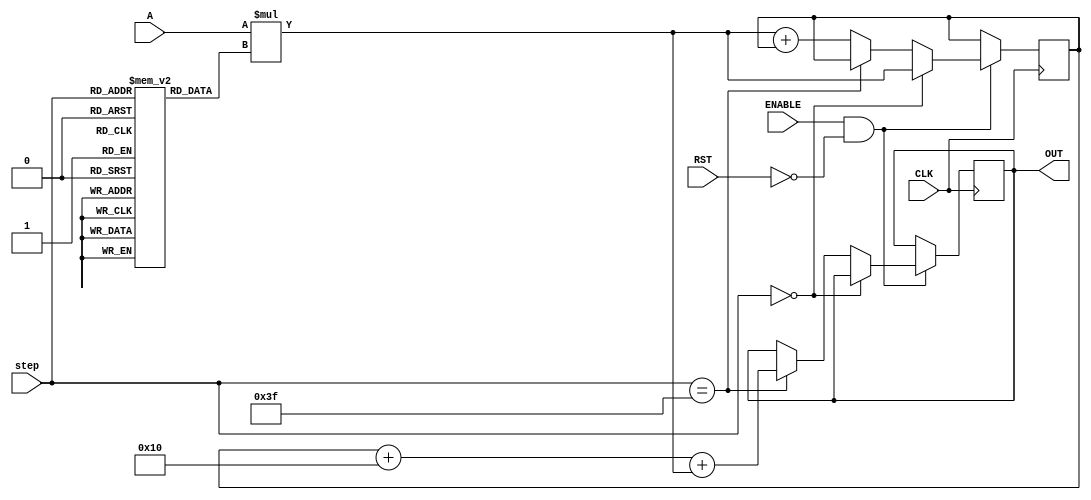
// This program was cloned from: https://github.com/ilaydayaman/CNN_for_SLR
// License: BSD 2-Clause "Simplified" License

`timescale 1ns / 1ps

module NODE_4(
input signed [35:0] A,
input [5:0] step,
input CLK,
input ENABLE,
input RST,
output reg signed [39:0] OUT //16-bit output
    );
    
reg signed [39:0] accumulator = 40'd0; //store the matrix mult here
reg signed [8:0] weights [63:0]; //store the weights here
reg signed [7:0] bias; //store node bias here

initial begin
   weights[0]<=9'b111110000;
   weights[1]<=9'b110101111;
   weights[2]<=9'b000001110;
   weights[3]<=9'b111001001;
   weights[4]<=9'b000001100;
   weights[5]<=9'b000011000;
   weights[6]<=9'b111111000;
   weights[7]<=9'b101100111;
   weights[8]<=9'b000100101;
   weights[9]<=9'b000100111;
   weights[10]<=9'b111111111;
   weights[11]<=9'b111001101;
   weights[12]<=9'b000000010;
   weights[13]<=9'b111010111;
   weights[14]<=9'b111100000;
   weights[15]<=9'b000010011;
   weights[16]<=9'b000011111;
   weights[17]<=9'b110111101;
   weights[18]<=9'b000100001;
   weights[19]<=9'b101101101;
   weights[20]<=9'b111011000;
   weights[21]<=9'b000100110;
   weights[22]<=9'b111101110;
   weights[23]<=9'b000001010;
   weights[24]<=9'b111101010;
   weights[25]<=9'b111101001;
   weights[26]<=9'b110011011;
   weights[27]<=9'b111101101;
   weights[28]<=9'b111100000;
   weights[29]<=9'b000011001;
   weights[30]<=9'b111111101;
   weights[31]<=9'b111111010;
   weights[32]<=9'b111110011;
   weights[33]<=9'b111111011;
   weights[34]<=9'b111101000;
   weights[35]<=9'b000011011;
   weights[36]<=9'b111101100;
   weights[37]<=9'b111110111;
   weights[38]<=9'b000010100;
   weights[39]<=9'b111111101;
   weights[40]<=9'b000011010;
   weights[41]<=9'b111011101;
   weights[42]<=9'b000101011;
   weights[43]<=9'b000001110;
   weights[44]<=9'b111100010;
   weights[45]<=9'b111101010;
   weights[46]<=9'b000010010;
   weights[47]<=9'b111001100;
   weights[48]<=9'b000101111;
   weights[49]<=9'b110011100;
   weights[50]<=9'b111101111;
   weights[51]<=9'b111000111;
   weights[52]<=9'b000001100;
   weights[53]<=9'b000110001;
   weights[54]<=9'b110101110;
   weights[55]<=9'b111111101;
   weights[56]<=9'b111111111;
   weights[57]<=9'b000011100;
   weights[58]<=9'b111110001;
   weights[59]<=9'b000001111;
   weights[60]<=9'b111110010;
   weights[61]<=9'b000010011;
   weights[62]<=9'b000001011;
   weights[63]<=9'b111010111;
   bias<=8'b00010000;
 end
 
 always @ ( posedge CLK )
 begin
    if( ENABLE == 1 && RST == 0 )
    begin
        if ( step == 0 )
        begin
            accumulator <=  A * weights[step];
        end
        else if( step == 63 )
        begin
            OUT <= accumulator + bias + A * weights[step];
        end else accumulator <=  A * weights[step] + accumulator;
    end
 end

endmodule